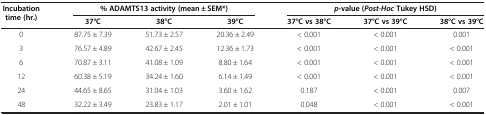
| Incubation time (hr.) | <COLSPAN=3> % ADAMTS13 activity (mean ± SEM*) | <COLSPAN=3> p-value (Post-Hoc Tukey HSD) |
 |  | 37°C | 38°C | 39°C | 37°C vs 38°C | 37°C vs 39°C | 38°C vs 39°C |
 | --- | --- | --- | --- | --- | --- | --- |
 | 0 | 87.75 ± 7.39 | 51.73 ± 2.57 | 20.36 ± 2.49 | < 0.001 | < 0.001 | 0.001 |
 | 3 | 76.57 ± 4.89 | 42.67 ± 2.45 | 12.36 ± 1.73 | < 0.001 | < 0.001 | < 0.001 |
 | 6 | 70.87 ± 3.11 | 41.08 ± 1.09 | 8.80 ± 1.64 | < 0.001 | < 0.001 | < 0.001 |
 | 12 | 60.38 ± 5.19 | 34.24 ± 1.60 | 6.14 ± 1.49 | < 0.001 | < 0.001 | < 0.001 |
 | 24 | 44.65 ± 8.65 | 31.04 ± 1.03 | 3.60 ± 1.62 | 0.187 | < 0.001 | 0.007 |
 | 48 | 32.22 ± 3.49 | 23.83 ± 1.17 | 2.01 ± 1.01 | 0.048 | < 0.001 | < 0.001 |